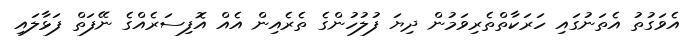
އެވަގުތު އެތަނުގައި ހަރަކާތްތެރިވަމުން ދިޔަ ފުލުހުންގެ ތެރެއިން އެއް އޮފިސަރެއްގެ ނޭފަތް ފަޅާލައި